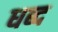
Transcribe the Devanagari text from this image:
धब्द